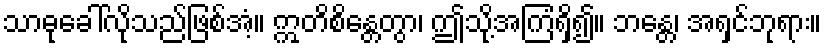
သာဓုခေါ်လိုသည်ဖြစ်အံ့။ ဣတိစိန္တေတွာ၊ ဤသို့အကြံရှိ၍။ ဘန္တေ၊ အရှင်ဘုရား။